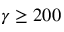
\gamma \geq 2 0 0